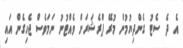
އެ ދެ ސެޓު ގެންދިޔުމުން މުރޭ ޕްރެޝަރަށް ވެއްޓުނު ނަމަވެސް ޖެހިގެން އައި